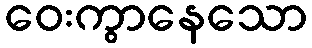
ဝေးကွာနေသော